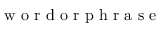
\mathrm { ~ w ~ o ~ r ~ d ~ o ~ r ~ p ~ h ~ r ~ a ~ s ~ e ~ }